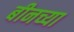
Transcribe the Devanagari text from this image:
बीनच्या